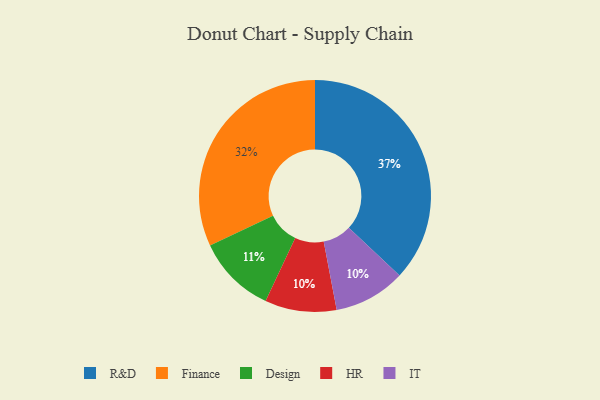
{"axis": {"x": "Category", "y": "Percentage"}, "legend": ["Design", "Finance", "HR", "IT", "R&D"], "data": [{"x": "Design", "y": 11, "type": "Design"}, {"x": "HR", "y": 10, "type": "HR"}, {"x": "R&D", "y": 37, "type": "R&D"}, {"x": "Finance", "y": 32, "type": "Finance"}, {"x": "IT", "y": 10, "type": "IT"}]}